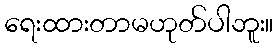
ရေးထားတာမဟုတ်ပါဘူး။